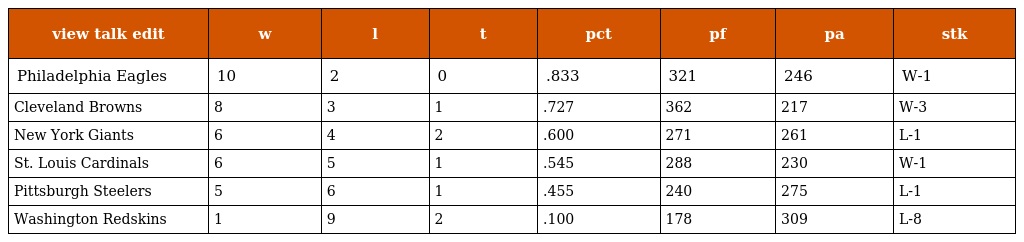
| view talk edit | w | l | t | pct | pf | pa | stk |
 | --- | --- | --- | --- | --- | --- | --- | --- |
 | Philadelphia Eagles | 10 | 2 | 0 | .833 | 321 | 246 | W-1 |
 | Cleveland Browns | 8 | 3 | 1 | .727 | 362 | 217 | W-3 |
 | New York Giants | 6 | 4 | 2 | .600 | 271 | 261 | L-1 |
 | St. Louis Cardinals | 6 | 5 | 1 | .545 | 288 | 230 | W-1 |
 | Pittsburgh Steelers | 5 | 6 | 1 | .455 | 240 | 275 | L-1 |
 | Washington Redskins | 1 | 9 | 2 | .100 | 178 | 309 | L-8 |